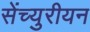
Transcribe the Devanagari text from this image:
सेंच्युरीयन